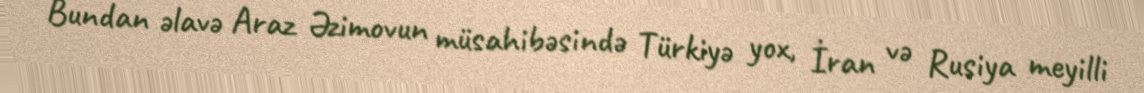
Bundan əlavə Araz Əzimovun müsahibəsində Türkiyə yox, İran və Rusiya meyilli